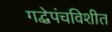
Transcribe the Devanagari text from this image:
गद्धेपंचविशीत